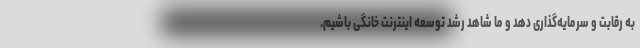
به رقابت و سرمایه‌گذاری دهد و ما شاهد رشد توسعه اینترنت خانگی باشیم.